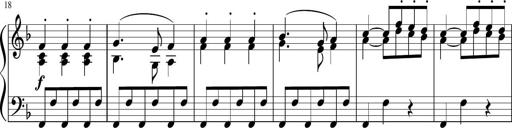
Title: 12 Keyboard Sonatinas
Composer: James Hook